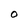
Character: O